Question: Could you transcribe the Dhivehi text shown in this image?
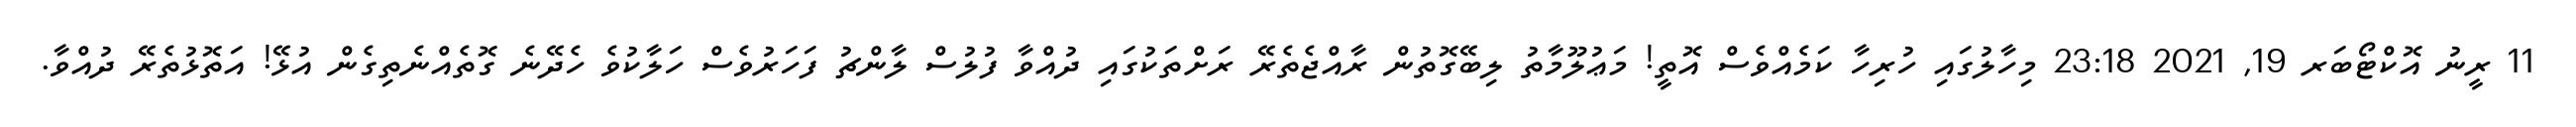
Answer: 11 ރީނު އޮކްޓޯބަރ 19, 2021 23:18 މިހާލުގައި ހުރިހާ ކަމެއްވެސް އޮތީ! މަޢުލޫމާތު ލިބޭގޮތުން ރާއްޖެތެރޭ ރަށްތަކުގައި ދުއްވާ ފުލުސް ލާންޗު ފަހަރުވެސް ހަލާކުވެ ހެދޭނެ ގޮތެއްނެތިގެން އުޅޭ! އަތޮޅުތެރޭ ދުއްވާ.